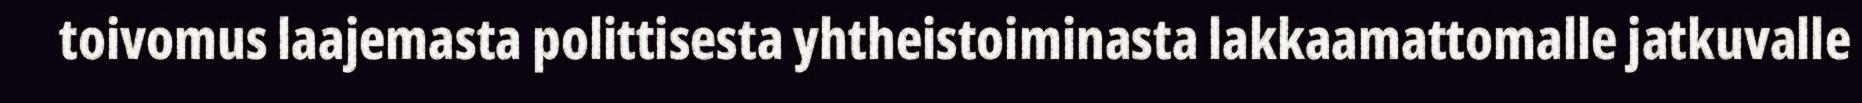
toivomus laajemasta polittisesta yhtheistoiminasta lakkaamattomalle jatkuvalle